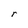
Character: r